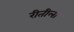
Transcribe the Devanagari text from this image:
रीतीला